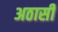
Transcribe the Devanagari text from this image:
अठासी